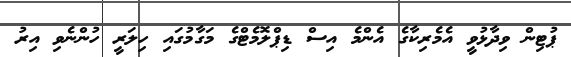
ޕުޓިން ވިދާޅުވީ އެމެރިކާގެ އެންމެ އިސް ޑިޕްލޮމެޓްގެ މަގާމުގައި ހިލަރީ ހުންނެވި އިރު